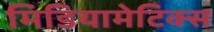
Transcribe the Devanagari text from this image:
मिडियामेटिक्स